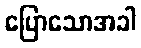
ပြောသောအခါ